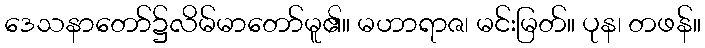
ဒေသနာတော်၌လိမ်မာတော်မူ၏။ မဟာရာဇ၊ မင်းမြတ်။ ပုန၊ တဖန်။